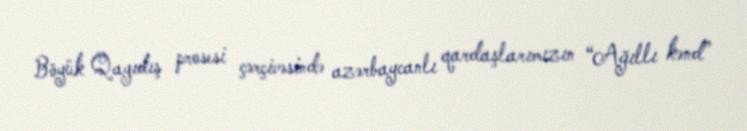
Böyük Qayıdış prosesi çərçivəsində azərbaycanlı qardaşlarımızın “Ağıllı kənd”